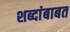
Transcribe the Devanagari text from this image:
शब्दांबाबत